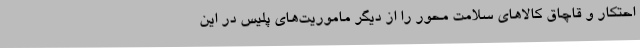
احتکار و قاچاق کالاهای سلامت محور را از دیگر ماموریت‌های پلیس در این